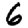
Digit: 6